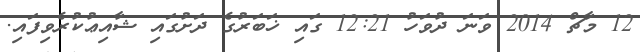
12 މާޗް 2014 ވަނަ ދުވަހު 12:21 ގައި ޚަބަރުގެ ދަށުގައި ޝާއިޢުކުރެވިފައި.